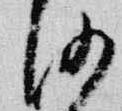
沙